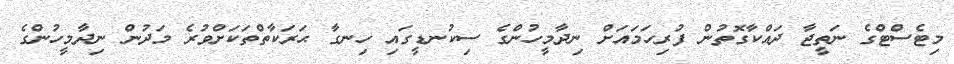
މިޓެސްޓްގެ ނަތީޖާ ދައްކާގޮތުން ފުރިހަމައަށް ނިދާމީހުންގެ ސިކުނޑީގައި ހިނގާ ޙަރަކާތްތަކަށްވުރެ މަދުން ނިދާމީހުންގެ